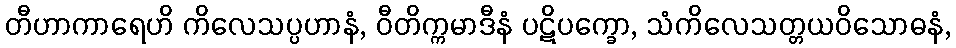
တီဟာကာရေဟိ ကိလေသပ္ပဟာနံ, ဝီတိက္ကမာဒီနံ ပဋိပက္ခော, သံကိလေသတ္တယဝိသောဓနံ,